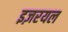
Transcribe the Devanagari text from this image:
इज़रयल